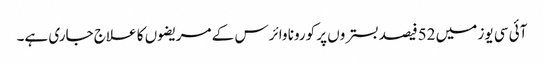
آئی سی یوز میں 52فیصد بستروں پر کورونا وائرس کے مریضوں کا علاج جاری ہے۔